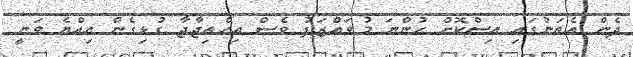
ދެން އެތަނުގައި އިސްކޮށް ހުންނަ މުވައްޒަފު ވެސް އިހްތިޖާޖާ ގުޅިގެން އިއްޔެ ވަނީ